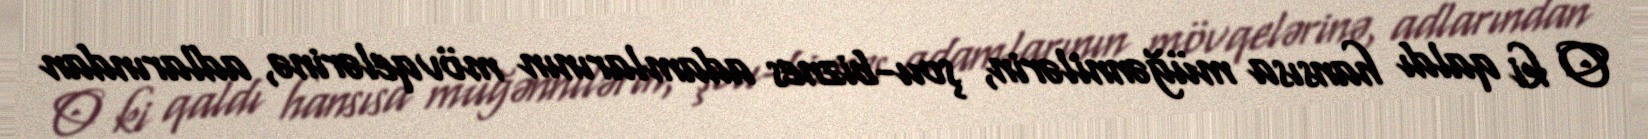
O ki qaldı hansısa müğənnilərin, şou-biznes adamlarının mövqelərinə, adlarından